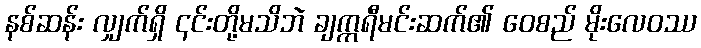
နစ်ဆန်း လျှက်ရှိ ၎င်းတို့မသိဘဲ ချက္ကရီမင်းဆက်၏ ဝေစည် မိုးလေဝဿ